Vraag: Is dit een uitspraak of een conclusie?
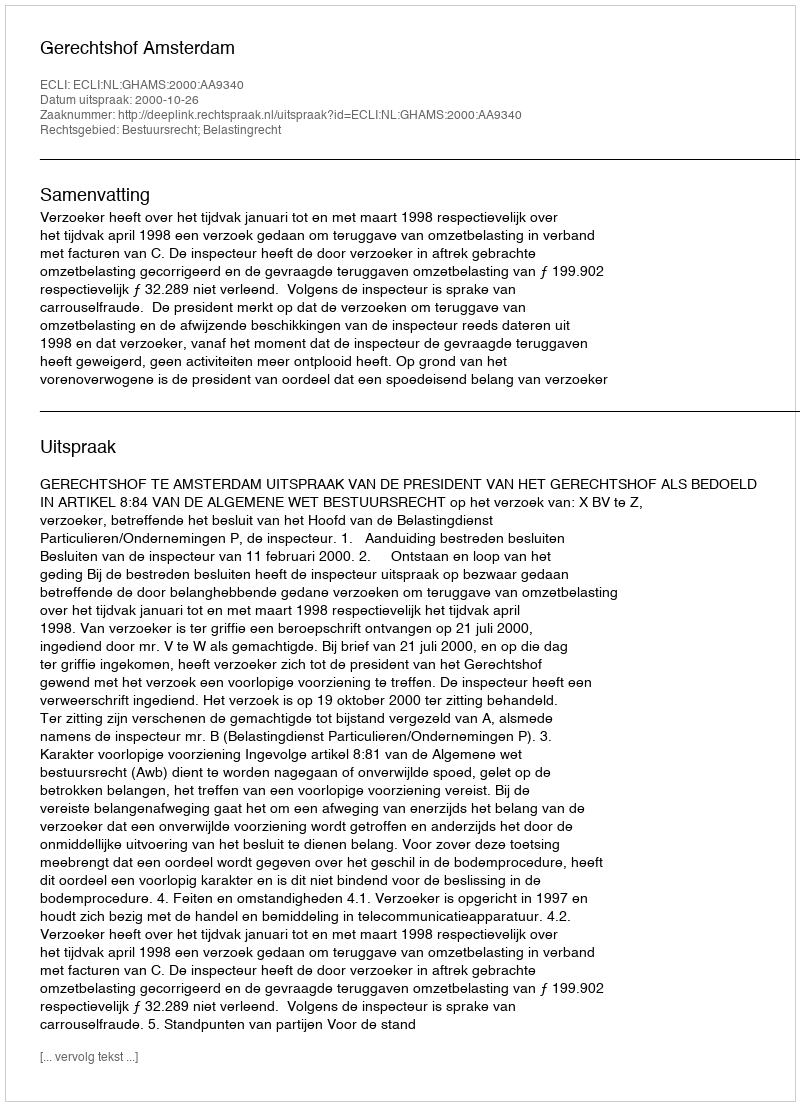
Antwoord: Uitspraak